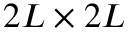
2 L \times 2 L